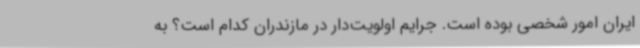
ایران امور شخصی بوده است. جرایم اولویت‌دار در مازندران کدام است؟ به